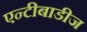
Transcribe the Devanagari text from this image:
एन्टीबाडीज